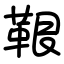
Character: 鞎